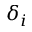
\delta _ { i }